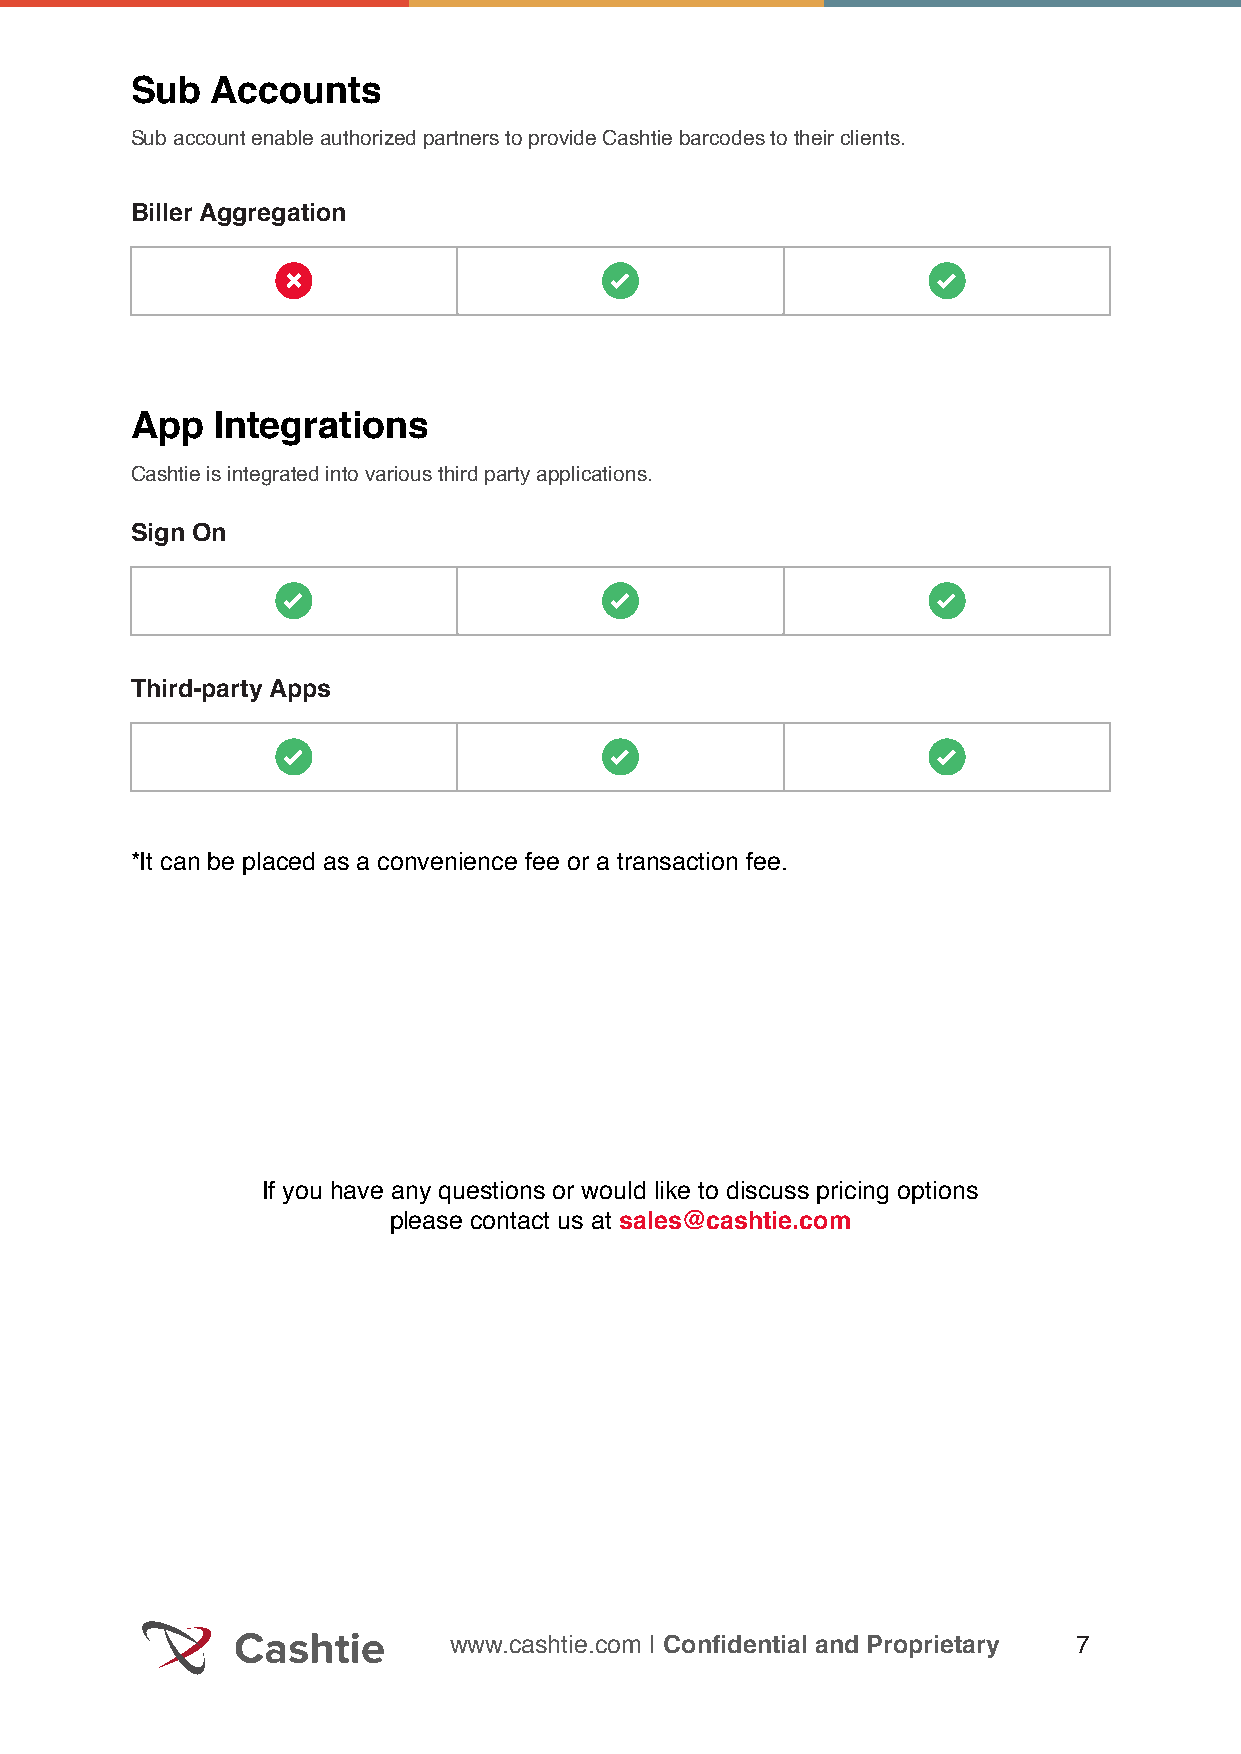
Sub  Accounts
 Sub account enable authorized partners to provide Cashtie barcodes to their clients.
 Biller Aggregation
 App  Integrations
 Cashtie is integrated into various third party applications.
 Sign On
 Third-party Apps
 *It can be placed as a convenience fee or a transaction fee.
 If you have any questions or would like to discuss pricing options
 please contact us at sales@cashtie.com
 www.cashtie.com | Confidential and Proprietary 7